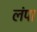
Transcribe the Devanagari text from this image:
लंपा